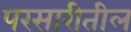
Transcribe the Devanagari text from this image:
परसारीतील